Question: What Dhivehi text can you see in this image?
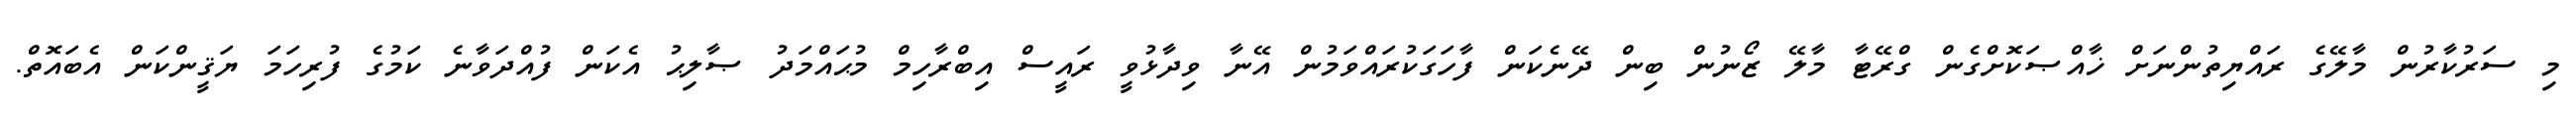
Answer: މި ސަރުކާރުން މާލޭގެ ރައްޔިތުންނަށް ޚާއްޞަކޮށްގެން ގްރޭޓާ މާލޭ ޒޯނުން ބިން ދޭނެކަން ފާހަގަކުރައްވަމުން އޭނާ ވިދާޅުވީ ރައީސް އިބްރާހިމް މުޙައްމަދު ޞާލިޙު އެކަން ފުއްދަވާނެ ކަމުގެ ފުރިހަމަ ޔަޤީންކަން އެބައޮތް.